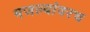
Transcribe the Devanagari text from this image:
मजल्यांवरच